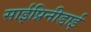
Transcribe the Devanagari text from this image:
साईप्रिनीडाई